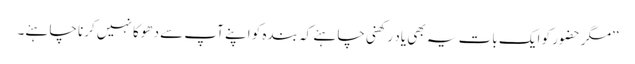
’’مگر حضور کو ایک بات یہ بھی یاد رکھنی چاہئے کہ بندہ کو اپنے آپ سے دھوکا نہیں کرنا چاہئے۔